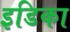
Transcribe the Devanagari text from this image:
इडिका